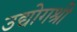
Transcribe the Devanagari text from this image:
उद्योगश्री